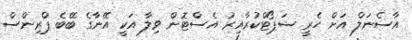
އާސެނަލް އަށް ހެރީ ސަޕޯޓްކުރާއިރު އެސްޓޮން ވިލާ އަކީ އޭނާގެ ބޭބެ ޕްރިންސް